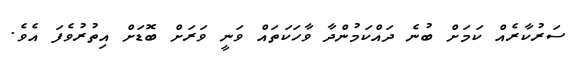
ސަރުކާރެއް ކަމަށް ބުނެ ދައްކަމުންދާ ވާހަކަތައް ވަނީ ވަރަށް ބޮޑަށް އިތުރުވެފަ އެވެ.